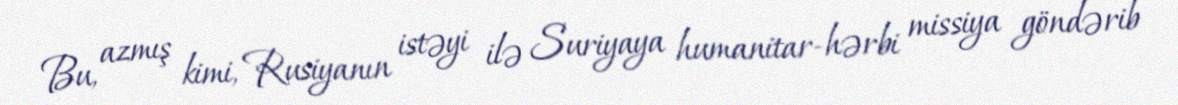
Bu, azmış kimi, Rusiyanın istəyi ilə Suriyaya humanitar-hərbi missiya göndərib